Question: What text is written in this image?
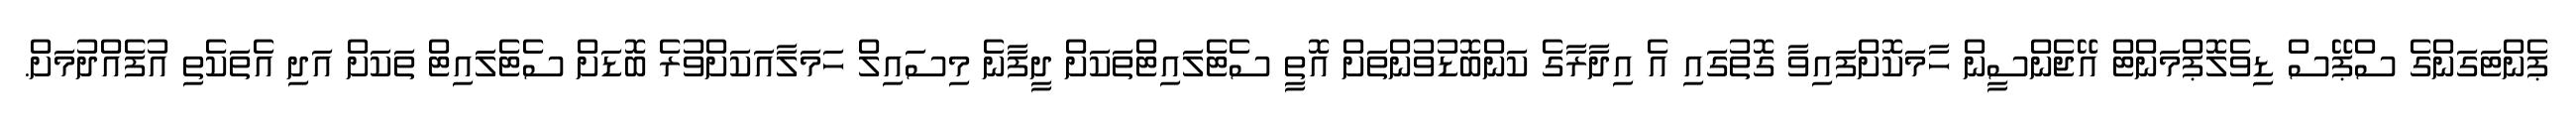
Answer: ޕެންޓަގަންގެ ސްޕޭސް ޑިވެލޮޕްމަންޓް އޭޖެންސީން ހާމަކޮށްފައިވާ ގޮތުގައި އެ އިދާރާގެ ކަންބޮޑުވުންތަށް އޮތީ ސެޓެލައިޓްތަކަށް ދީފާނެ މިސައިލް ހަމަލާއަކަށްވުރެ ބޮޑަށް ސެޓެލައިޓް ތަކަށް އަދި އެތަކެތި އުފެއްދުމަށް.